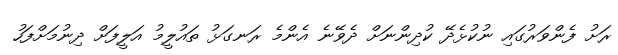
ރަށު ފެންވަރުގައި ނުކުޅެދޭ ކުދިންނަށް ދެވޭނެ އެންމެ ރަނގަޅު ތައުލީމު އަލީފަށް ދިނުމަށްފަހު